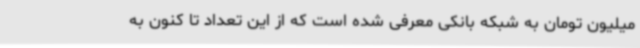
میلیون تومان به شبکه بانکی معرفی شده است که از این تعداد تا کنون به